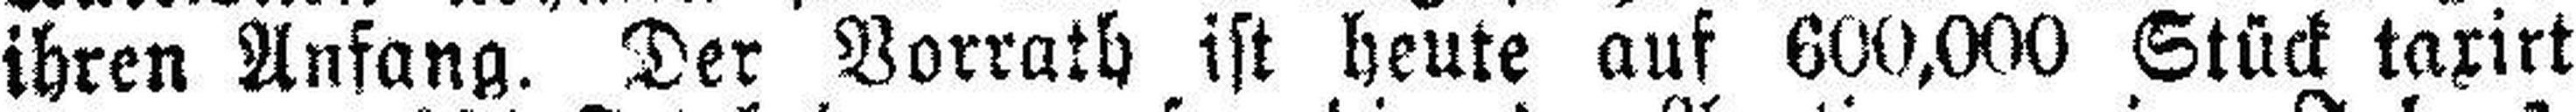
ihren Anfang. Der Vorrath ist heute auf 600,000 Stück taxirt